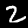
Label: 2